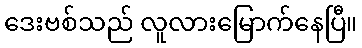
ဒေးဗစ်သည် လူလားမြောက်နေပြီ။